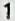
1